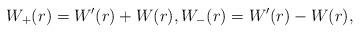
LaTeX: \begin{align*} W_+(r) = W'(r) + W(r), W_-(r) = W'(r) - W(r), \end{align*}